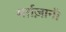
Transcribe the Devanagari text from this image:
मर्ग़ज़ानी